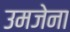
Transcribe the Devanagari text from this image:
उमजेना